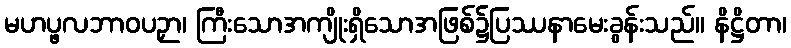
မဟပ္ဖလဘာဝပဉှာ၊ ကြီးသောအကျိုးရှိသောအဖြစ်၌ပြဿနာမေးခွန်းသည်။ နိဋ္ဌိတာ၊